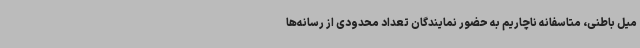
میل باطنی، متاسفانه ناچاریم به حضور نمایندگان تعداد محدودی از رسانه‌ها